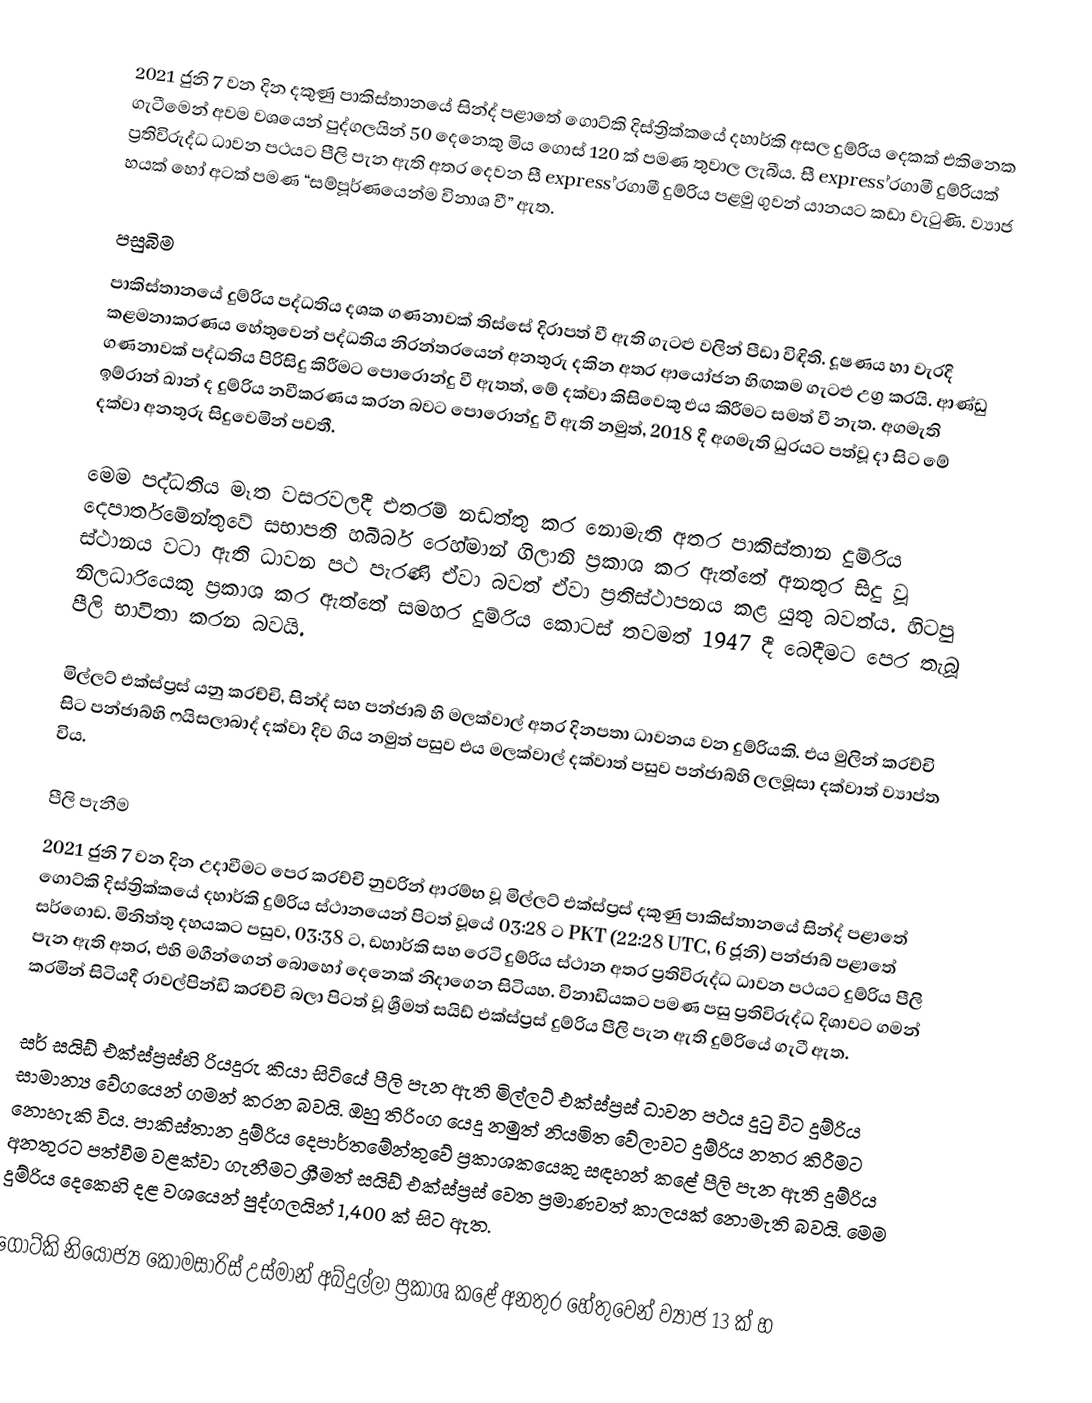
2021 ජුනි 7 වන දින දකුණු පාකිස්තානයේ සින්ද් පළාතේ ගොට්කි දිස්ත්‍රික්කයේ දහාර්කි අසල දුම්රිය දෙකක් එකිනෙක ගැටීමෙන් අවම වශයෙන් පුද්ගලයින් 50 දෙනෙකු මිය ගොස් 120 ක් පමණ තුවාල ලැබීය. සී express ්‍රගාමී දුම්රියක් ප්‍රතිවිරුද්ධ ධාවන පථයට පීලි පැන ඇති අතර දෙවන සී express ්‍රගාමී දුම්රිය පළමු ගුවන් යානයට කඩා වැටුණි. ව්‍යාජ හයක් හෝ අටක් පමණ “සම්පූර්ණයෙන්ම විනාශ වී” ඇත.

පසුබිම
පාකිස්තානයේ දුම්රිය පද්ධතිය දශක ගණනාවක් තිස්සේ දිරාපත් වී ඇති ගැටළු වලින් පීඩා විඳිති. දූෂණය හා වැරදි කළමනාකරණය හේතුවෙන් පද්ධතිය නිරන්තරයෙන් අනතුරු දකින අතර ආයෝජන හිඟකම ගැටළු උග්‍ර කරයි. ආණ්ඩු ගණනාවක් පද්ධතිය පිරිසිදු කිරීමට පොරොන්දු වී ඇතත්, මේ දක්වා කිසිවෙකු එය කිරීමට සමත් වී නැත. අගමැති ඉම්රාන් ඛාන් ද දුම්රිය නවීකරණය කරන බවට පොරොන්දු වී ඇති නමුත්, 2018 දී අගමැති ධුරයට පත්වූ දා සිට මේ දක්වා අනතුරු සිදුවෙමින් පවතී.

මෙම පද්ධතිය මෑත වසරවලදී එතරම් නඩත්තු කර නොමැති අතර පාකිස්තාන දුම්රිය දෙපාර්තමේන්තුවේ සභාපති හබීබර් රෙහ්මාන් ගිලානි ප්‍රකාශ කර ඇත්තේ අනතුර සිදු වූ ස්ථානය වටා ඇති ධාවන පථ පැරණි ඒවා බවත් ඒවා ප්‍රතිස්ථාපනය කළ යුතු බවත්ය. හිටපු නිලධාරියෙකු ප්‍රකාශ කර ඇත්තේ සමහර දුම්රිය කොටස් තවමත් 1947 දී බෙදීමට පෙර තැබූ පීලි භාවිතා කරන බවයි.

මිල්ලට් එක්ස්ප්‍රස් යනු කරච්චි, සින්ද් සහ පන්ජාබ් හි මලක්වාල් අතර දිනපතා ධාවනය වන දුම්රියකි. එය මුලින් කරච්චි සිට පන්ජාබ්හි ෆයිසලාබාද් දක්වා දිව ගිය නමුත් පසුව එය මලක්වාල් දක්වාත් පසුව පන්ජාබ්හි ලලමූසා දක්වාත් ව්‍යාප්ත විය.

පීලි පැනීම
2021 ජුනි 7 වන දින උදාවීමට පෙර කරච්චි නුවරින් ආරම්භ වූ මිල්ලට් එක්ස්ප්‍රස් දකුණු පාකිස්තානයේ සින්ද් පළාතේ ගොට්කි දිස්ත්‍රික්කයේ දහාර්කි දුම්රිය ස්ථානයෙන් පිටත් වූයේ 03:28 ට PKT (22:28 UTC, 6 ජූනි) පන්ජාබ් පළාතේ සර්ගොඩ. මිනිත්තු දහයකට පසුව, 03:38 ට, ඩහාර්කි සහ රෙටි දුම්රිය ස්ථාන අතර ප්‍රතිවිරුද්ධ ධාවන පථයට දුම්රිය පීලි පැන ඇති අතර, එහි මගීන්ගෙන් බොහෝ දෙනෙක් නිදාගෙන සිටියහ. විනාඩියකට පමණ පසු ප්‍රතිවිරුද්ධ දිශාවට ගමන් කරමින් සිටියදී රාවල්පින්ඩි කරච්චි බලා පිටත් වූ ශ්‍රීමත් සයිඩ් එක්ස්ප්‍රස් දුම්රිය පීලි පැන ඇති දුම්රියේ ගැටී ඇත.

සර් සයිඩ් එක්ස්ප්‍රස්හි රියදුරු කියා සිටියේ පීලි පැන ඇති මිල්ලට් එක්ස්ප්‍රස් ධාවන පථය දුටු විට දුම්රිය සාමාන්‍ය වේගයෙන් ගමන් කරන බවයි. ඔහු තිරිංග යෙදූ නමුත් නියමිත වේලාවට දුම්රිය නතර කිරීමට නොහැකි විය. පාකිස්තාන දුම්රිය දෙපාර්තමේන්තුවේ ප්‍රකාශකයෙකු සඳහන් කළේ පීලි පැන ඇති දුම්රිය අනතුරට පත්වීම වළක්වා ගැනීමට ශ්‍රීමත් සයිඩ් එක්ස්ප්‍රස් වෙත ප්‍රමාණවත් කාලයක් නොමැති බවයි. මෙම දුම්රිය දෙකෙහි දළ වශයෙන් පුද්ගලයින් 1,400 ක් සිට ඇත.

ගොට්කි නියෝජ්‍ය කොමසාරිස් උස්මාන් අබ්දුල්ලා ප්‍රකාශ කළේ අනතුර හේතුවෙන් ව්‍යාජ 13 ක් හ